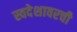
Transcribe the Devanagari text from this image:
स्वदेशावरची